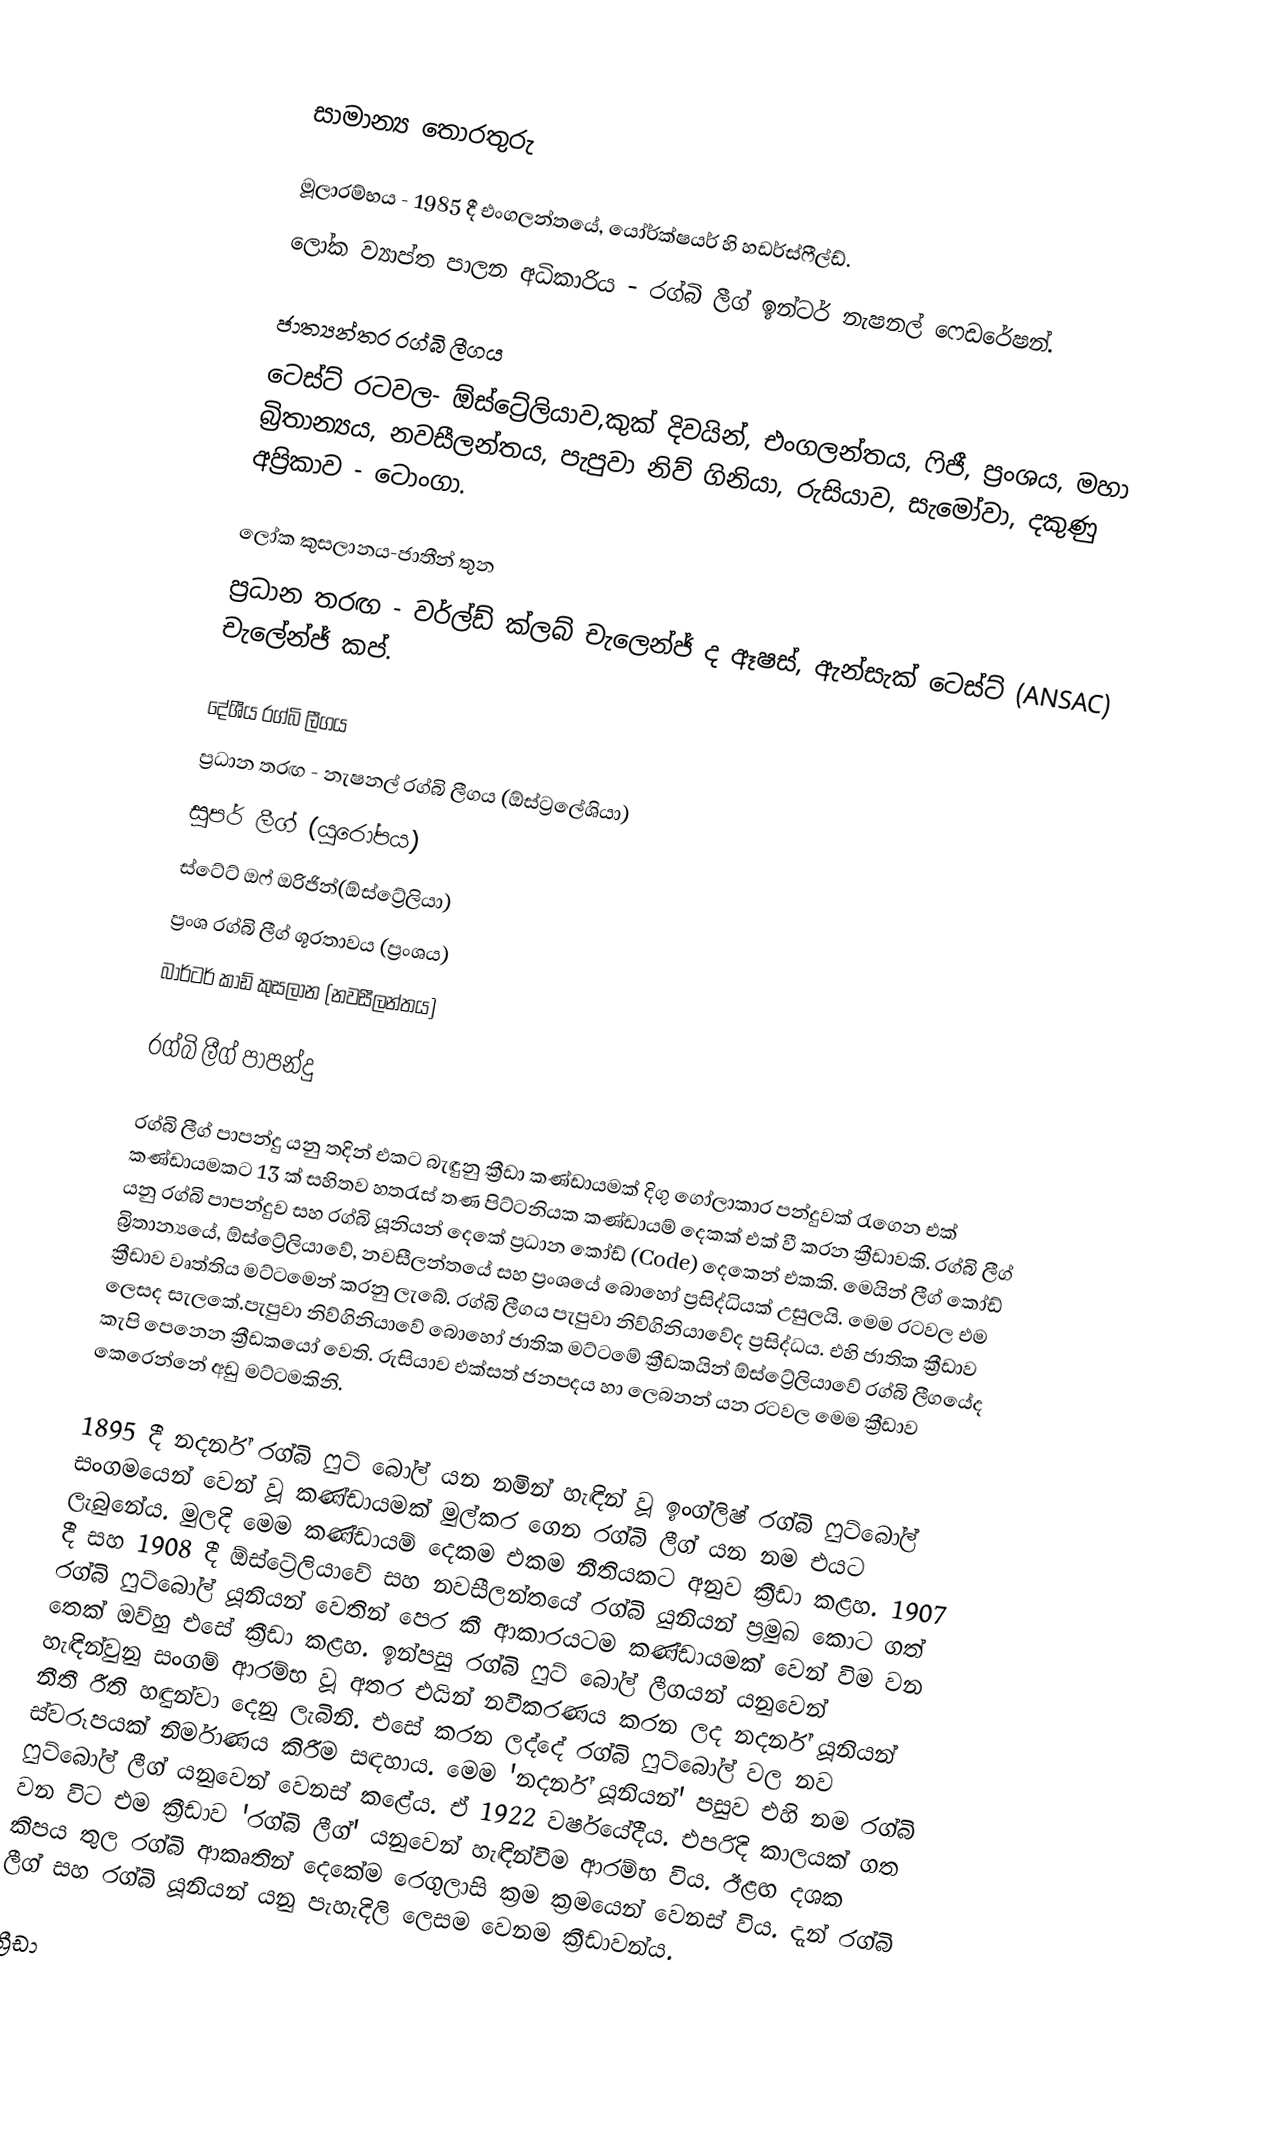

සාමාන්‍ය තොරතුරු

 මූලාරම්භය	-	1985 දී එංගලන්තයේ, යෝර්ක්ෂයර් හි හඩර්ස්ෆීල්ඩ්.
 ලෝක ව්‍යාප්ත පාලන අධිකාරිය	-	රග්බි ලීග් ඉන්ටර් නැෂනල් ෆෙඩරේෂන්.

ජාත්‍යන්තර රග්බි ලීගය
ටෙස්ට් රටවල- ඕස්ට්‍රේලියාව,කුක් දිවයින්, එංගලන්තය, ෆිජී, ප්‍රංශය, මහා බ්‍රිතාන්‍යය, නවසීලන්තය, පැපුවා නිව් ගිනියා, රුසියාව, සැමෝවා,  දකුණු අප්‍රිකාව - ටොංගා.

ලෝක කුසලානය-ජාතීන් තුන
ප්‍රධාන තරඟ	-	වර්ල්ඩ් ක්ලබ් චැලෙන්ජ් ද ඈෂස්, ඇන්සැක් ටෙස්ට් (ANSAC) චැලේන්ජ් කප්.

දේශීය රග්බි ලීගය
ප්‍රධාන තරඟ	-	නැෂනල් රග්බි ලීගය (ඕස්ට්‍රලේශියා)
			සුපර් ලීග් (යුරෝපය)
			ස්ටේට් ඔෆ් ඔරිජින්(ඕස්ට්‍රේලියා)
			ප්‍රංශ රග්බි ලීග් ශූරතාවය (ප්‍රංශය)
			බාර්ටර් කාඩ් කුසලාන (නවසීලන්තය)

රග්බි ලීග් පාපන්දු

රග්බි ලීග් පාපන්දු යනු තදින් එකට බැඳුනු ක්‍රීඩා කණ්ඩායමක් දිගු ගෝලාකාර පන්දුවක් රැගෙන එක් කණ්ඩායමකට 13 ක් සහිතව හතරැස් තණ පිට්ටනියක කණ්ඩායම් දෙකක් එක් වී කරන ක්‍රීඩාවකි. රග්බි ලීග් යනු රග්බි පාපන්දුව සහ රග්බි යූනියන් දෙකේ ප්‍රධාන කෝඩ් (Code) දෙකෙන් එකකි. මෙයින් ලීග් කෝඩ් බ්‍රිතාන්‍යයේ, ඕස්ට්‍රේලියාවේ, නවසීලන්තයේ සහ ප්‍රංශයේ බොහෝ ප්‍රසිද්ධියක් උසුලයි. මෙම රටවල එම ක්‍රීඩාව වෘත්තිය මට්ටමෙන් කරනු ලැබේ. රග්බි ලීගය පැපුවා නිව්ගිනියාවේද ප්‍රසිද්ධය. එහි ජාතික ක්‍රීඩාව ලෙසද සැලකේ.පැපුවා නිව්ගිනියාවේ බොහෝ ජාතික මට්ටමේ ක්‍රීඩකයින් ඕස්ට්‍රේලියාවේ රග්බි ලීගයේද කැපි පෙනෙන ක්‍රීඩකයෝ වෙති. රුසියාව එක්සත් ජනපදය හා ලෙබනන් යන රටවල මෙම ක්‍රීඩාව කෙරෙන්නේ අඩු මට්ටමකිනි.

1895 දී නදර්න් රග්බි ෆුට් බෝල් යන නමින් හැඳින් වූ ඉංග්ලිෂ් රග්බි ෆුට්බෝල් සංගමයෙන් වෙන් වූ කණ්ඩායමක් මුල්කර ගෙන රග්බි ලීග් යන නම එයට ලැබුනේය. මුලදි මෙම කණ්ඩායම් දෙකම එකම නීතියකට අනුව ක්‍රීඩා කළහ. 1907 දී සහ 1908 දී ඕස්ට්‍රේලියාවේ සහ නවසීලන්තයේ රග්බි යුනියන් ප්‍රමුඛ කොට ගත් රග්බි ෆුට්බෝල් යූනියන් වෙතින් පෙර කී ආකාරයටම කණ්ඩායමක් වෙන් විම වන තෙක් ඔව්හු එසේ ක්‍රීඩා කළහ. ඉන්පසු රග්බි ෆුට් බෝල් ලීගයන් යනුවෙන් හැඳින්වුනු සංගම් ආරම්භ වූ අතර එයින් නවීකරණය කරන ලද නදර්න් යූනියන් නීතී රීති හඳුන්වා දෙනු ලැබිනි. එසේ කරන ලද්දේ රග්බි ෆුට්බෝල් වල නව ස්වරූපයක් නිර්මාණය කිරීම සඳහාය. මෙම 'නදර්න් යූනියන්' පසුව එහි නම රග්බි ෆුට්බෝල් ලීග් යනුවෙන් වෙනස් කළේය. ඒ 1922 වර්ෂයේදීය. එපරිදි කාලයක් ගත වන විට එම ක්‍රීඩාව 'රග්බි ලීග්' යනුවෙන් හැඳින්වීම ආරම්භ විය. ඊළඟ දශක කිපය තුල රග්බි ආකෘතින් දෙකේම රෙගුලාසි ක්‍රම ක්‍රමයෙන් වෙනස් විය. දැන් රග්බි ලීග් සහ රග්බි යූනියන්  යනු පැහැදිලි ලෙසම වෙනම ක්‍රීඩාවන්ය.

ක්‍රීඩා